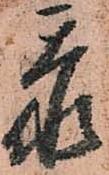
忝